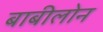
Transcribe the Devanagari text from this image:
बाबीलोन